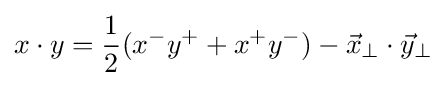
x\cdot y={\frac {1}{2}}(x^{-}y^{+}+x^{+}y^{-})-{\vec {x}}_{\perp }\cdot {\vec {y}}_{\perp }